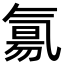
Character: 氱